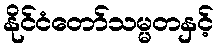
နိုင်ငံတော်သမ္မတနှင့်